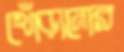
খোঁড়ানোর